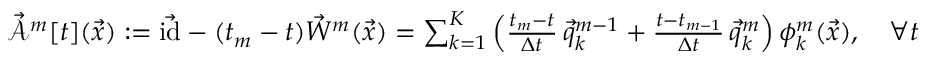
\begin{array} { r } { \mathcal { \vec { A } } ^ { m } [ t ] ( \vec { x } ) : = \vec { \mathrm { i d } } - ( t _ { m } - t ) \vec { W } ^ { m } ( \vec { x } ) = \sum _ { k = 1 } ^ { K } \left( \frac { t _ { m } - t } { \Delta t } \, \vec { q } _ { k } ^ { m - 1 } + \frac { t - t _ { m - 1 } } { \Delta t } \, \vec { q } _ { k } ^ { m } \right) \phi _ { k } ^ { m } ( \vec { x } ) , \quad \forall t \in [ t _ { m - 1 } , ~ t _ { m } ] , \quad \vec { x } \in \mathscr { R } , } \end{array}